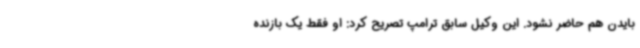
بایدن هم حاضر نشود. این وکیل سابق ترامپ تصریح کرد: او فقط یک بازنده